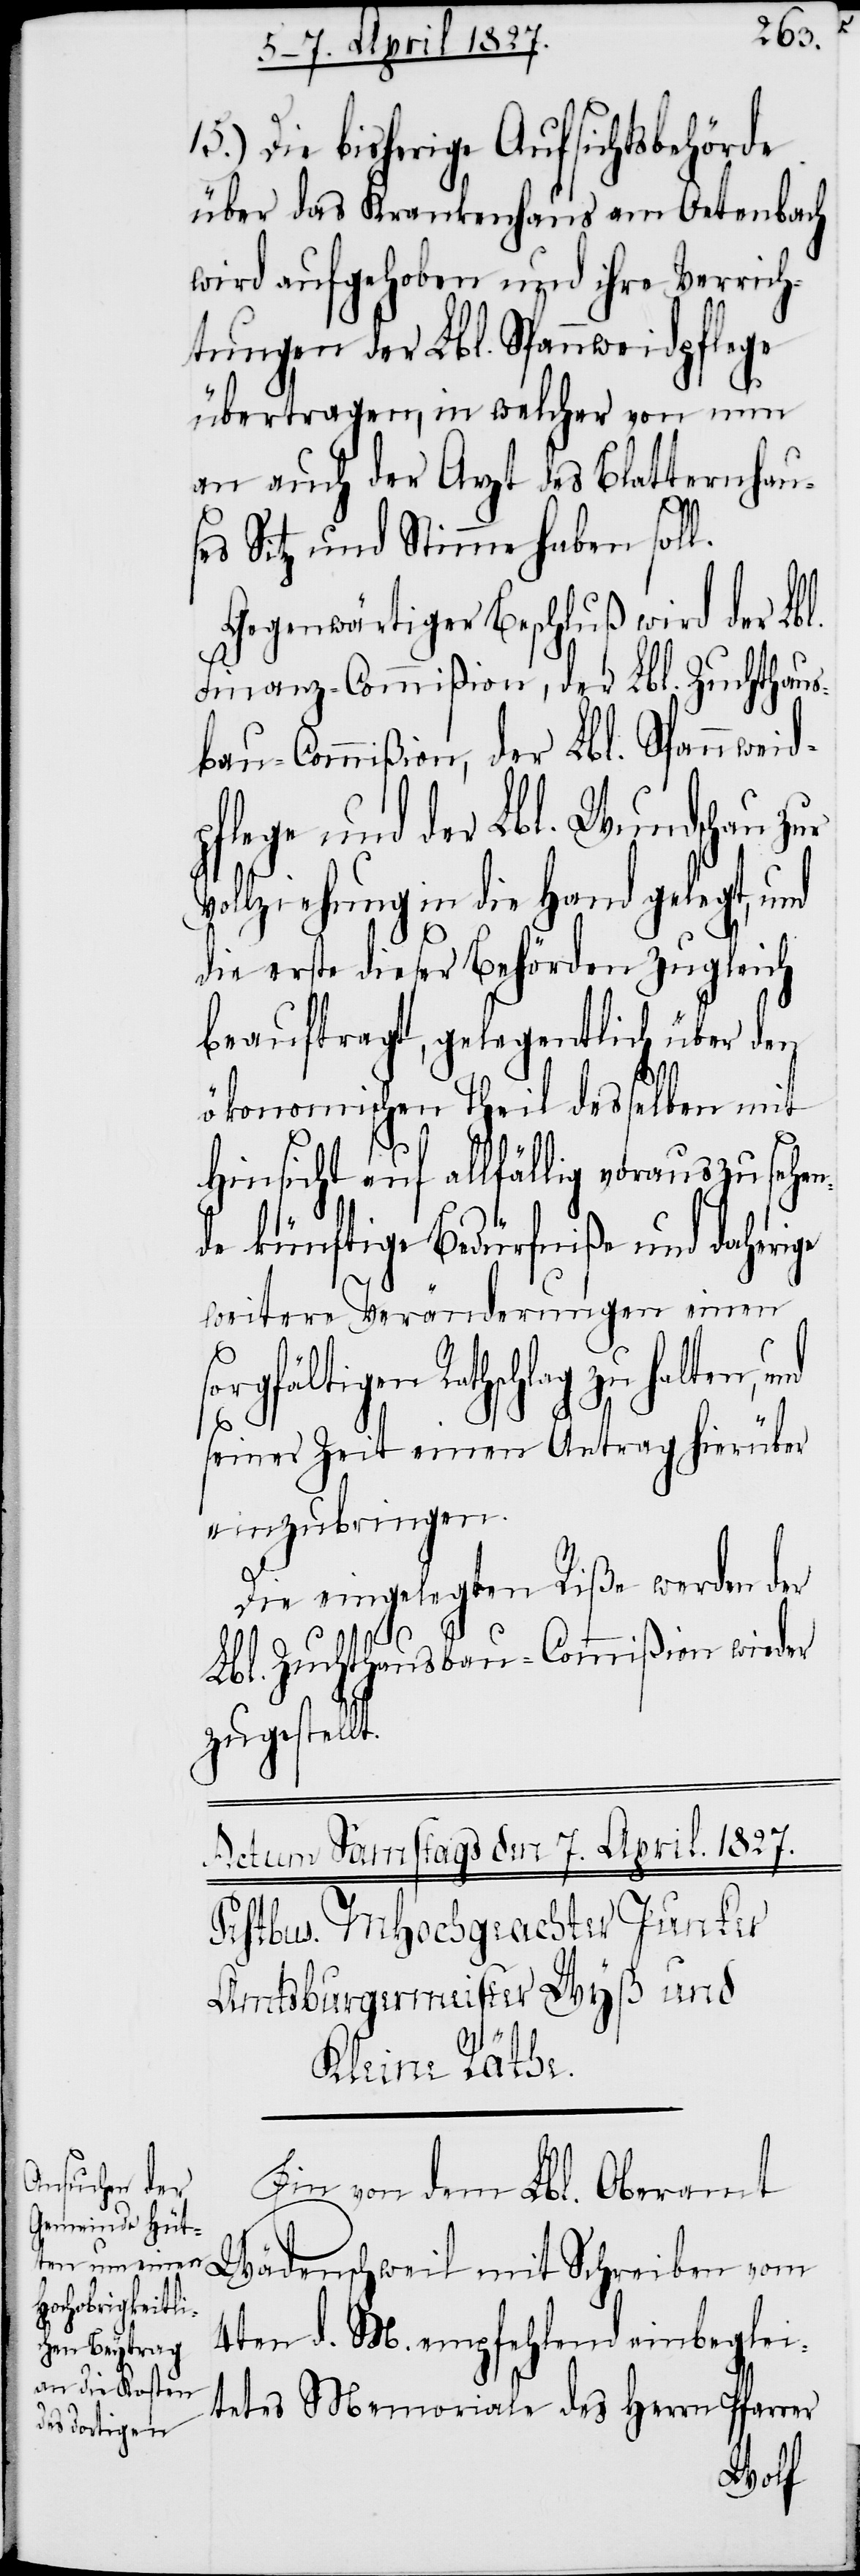
15.) Die bisherige Aufsichtsbehörde
über das Krankenhaus am Oetenbach
wird aufgehoben und ihre Verrich¬
tungen der Lbl. Spannweidpflege
übertragen, in welcher von nun
an auch der Arzt des Blatternhau¬
ses Sitz und Stimme haben sol¬
Gegenwärtiger Beschluß wird der Lbl.
Finanz-Commißion, der Lbl. Zuchthaus¬
bau-Commißion, der Lbl. Spannweid¬
pflege und der Lbl. Wundschau zur
Vollziehung in die Hand gelegt, und
die erste dieser Behörden zugleich
beauftragt, gelegentlich über den
t.
ökonomischen Theil desselben mit
Hinsicht auf allfällig vorauszusehen¬
de künftige Bedürfniße und daherige
weitere Veränderungen einen
fältigen Rathschlag zu halten,
seiner Zeit einen Antrag hierüber
einzubringen.
Die eingelegten Riße werden der
sorg¬
Lbl. Zuchthausbau-Commißion wieder
zugestell¬
Ein von dem Lbl. Oberamt
Wädenschweil mit Schreiben vom
4ten d. M. empfehlend einbeglei¬
tetes Memoriale des Herrn Pfarrer